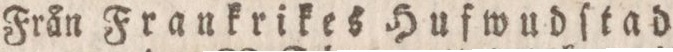
Från Frankrikes Hufwudſtad